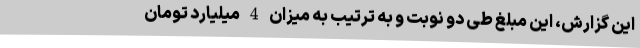
این گزارش، این مبلغ طی دو نوبت و به ترتیب به میزان 4 میلیارد تومان